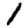
Digit: 1